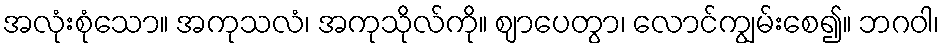
အလုံးစုံသော။ အကုသလံ၊ အကုသိုလ်ကို။ ဈာပေတွာ၊ လောင်ကျွမ်းစေ၍။ ဘဂဝါ၊